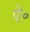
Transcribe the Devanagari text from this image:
ऐ॰